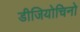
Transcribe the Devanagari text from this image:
डीजियोचिनो